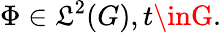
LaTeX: \Phi\in\mathfrak{L}^{2}(G),t\inG.